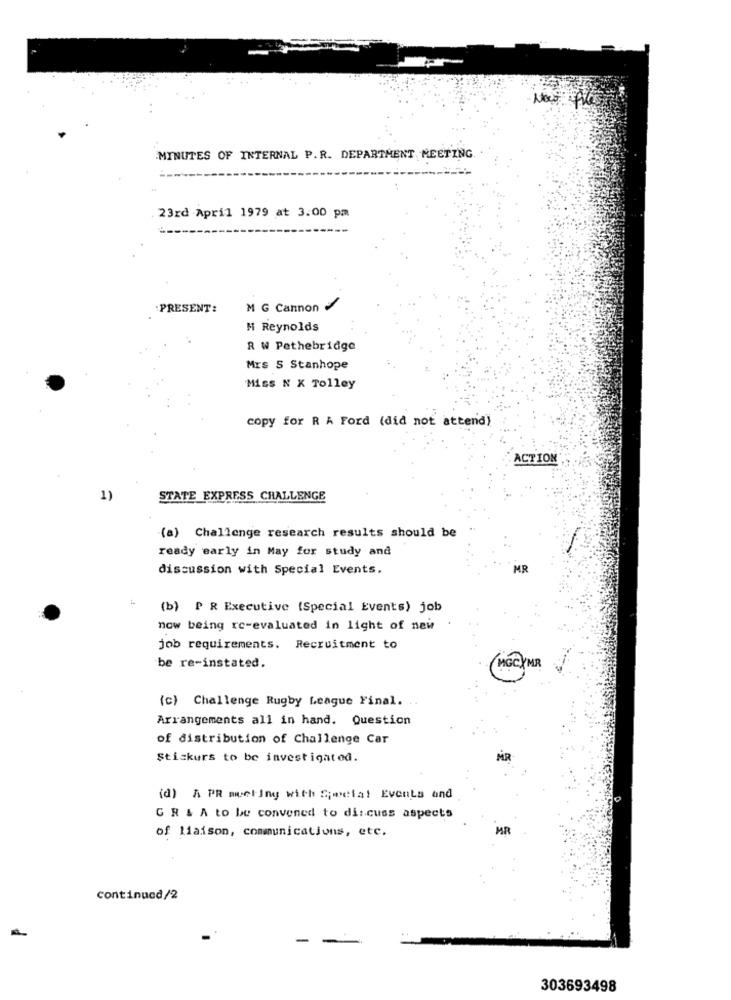
MINUTES OF INTERNAL P.R. DEPARTMENT MEETING.
. 23rd April 1979 at 3:00 pm
PRESENT:
M G Cannon
M Reynolds
R W Pethebridge
Mrs S Stanhope
Miss N X Tolley
copy for R A Ford (did not attend)
ACTION
1)
STATE EXPRESS CHALLENGE
(a) Challenge research results should be
ready early in May for study and
discussion with Special Events.
MR
(b) P & Executive (Special Events) job
now being re-evaluated in light of new
job requirements. Recruitment to
be re-instated.
MGCYMR
(c) Challenge Rugby League Final.
Arrangements all in hand. Question
of distribution of Challenge Car
Stickers to be investigated.
(d) A PR meeting with Special Events and
GR & A to be convened to discuss aspects
MR
of liaison, communications, etc.
continued/2
303693498